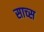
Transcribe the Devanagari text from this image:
साच्स